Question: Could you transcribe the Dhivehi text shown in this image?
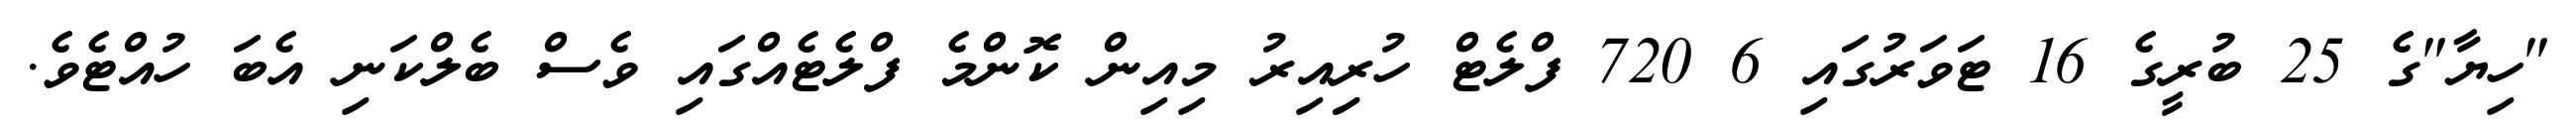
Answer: "ހިޔާ"ގެ 25 ބުރީގެ 16 ޓަވަރުގައި 6 720 ފްލެޓް ހުރިިއިރު މިއިން ކޮންމެ ފްލެޓެއްގައި ވެސް ބެލްކަނި އެބަ ހުއްޓެވެ.